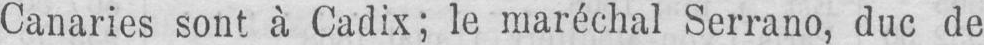
Canaries sont à Cadix; le maréchal Serrano, duc de